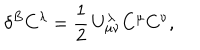
LaTeX: \delta ^ { B } C ^ { \lambda } = \frac { 1 } { 2 } \, U _ { \mu \nu } ^ { \lambda } C ^ { \mu } C ^ { \nu } ,